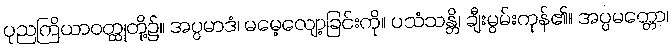
ပုညကြိယာဝတ္ထုတို့၌။ အပ္ပမာဒံ၊ မမေ့လျော့ခြင်းကို။ ပသံသန္တိ၊ ချီးမွမ်းကုန်၏။ အပ္ပမတ္တော၊